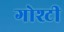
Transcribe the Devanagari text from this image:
गोश्टी